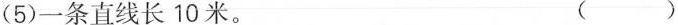
(5)一条直线长10米。 ( )